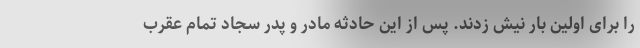
را برای اولین بار نیش زدند. پس از این حادثه مادر و پدر سجاد تمام عقرب